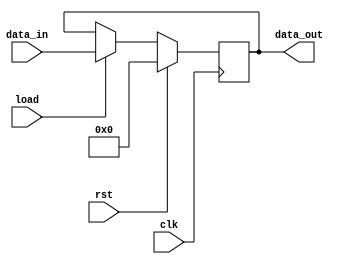
module register#(parameter WIDTH=32)
(
  input wire  clk,
  input wire  rst,
  input wire  load,
  input wire  [WIDTH-1:0] data_in,
  output reg  [WIDTH-1:0] data_out
);
always@(posedge clk)
  begin
	data_out <= rst?  {WIDTH{1'b0}}
		  : load? data_in
		  : 	  data_out;
  end
endmodule